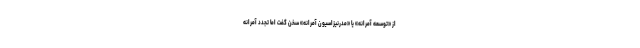
از «توسعه آمرانه» یا «مدرنیزاسیون آمرانه» سخن گفت اما تجدد آمرانه